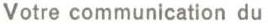
Votre communication du